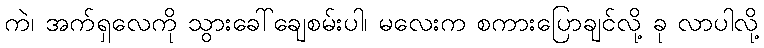
ကဲ၊ အက်ရှလေကို သွားခေါ်ချေစမ်းပါ၊ မလေးက စကားပြောချင်လို့ ခု လာပါလို့